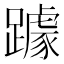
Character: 躆